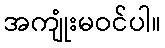
အကျုံးမဝင်ပါ။